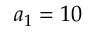
a _ { 1 } = 1 0